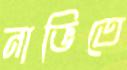
নাভিতে